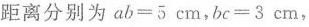
距离分别为ab=5cm，bc=3cm，